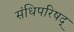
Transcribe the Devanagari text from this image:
संधिपरिषद्